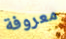
معروفة